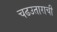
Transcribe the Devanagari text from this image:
चढउताराची